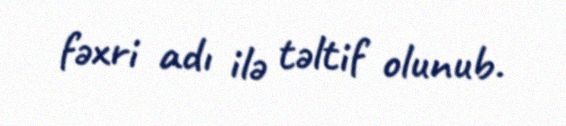
fəxri adı ilə təltif olunub.